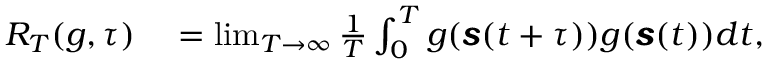
\begin{array} { r l } { R _ { T } ( g , \tau ) } & { { } = \operatorname* { l i m } _ { T \rightarrow \infty } \frac { 1 } { T } \int _ { 0 } ^ { T } g ( \pmb { s } ( t + \tau ) ) g ( \pmb { s } ( t ) ) d t , } \end{array}